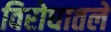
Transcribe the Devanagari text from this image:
विरोधातले